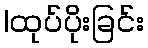
|ထုပ်ပိုးခြင်း